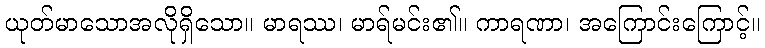
ယုတ်မာသောအလိုရှိသော။ မာရဿ၊ မာရ်မင်း၏။ ကာရဏာ၊ အကြောင်းကြောင့်။